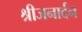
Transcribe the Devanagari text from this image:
श्रीजनार्दन